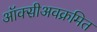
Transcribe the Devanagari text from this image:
ऑक्सीअवक्रमित